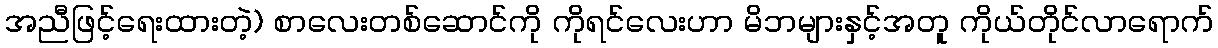
အညီဖြင့်ရေးထားတဲ့) စာလေးတစ်ဆောင်ကို ကိုရင်လေးဟာ မိဘများနှင့်အတူ ကိုယ်တိုင်လာရောက်